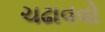
ચઢાવવો